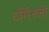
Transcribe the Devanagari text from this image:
टर्मिनलो